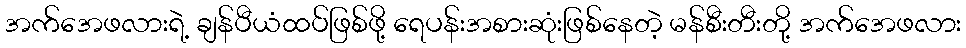
အက်အေဖလားရဲ့ ချန်ပီယံထပ်ဖြစ်ဖို့ ရေပန်းအစားဆုံးဖြစ်နေတဲ့ မန်စီးတီးတို့ အက်အေဖလား